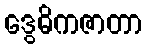
ဒွေဓိကဇာတာ